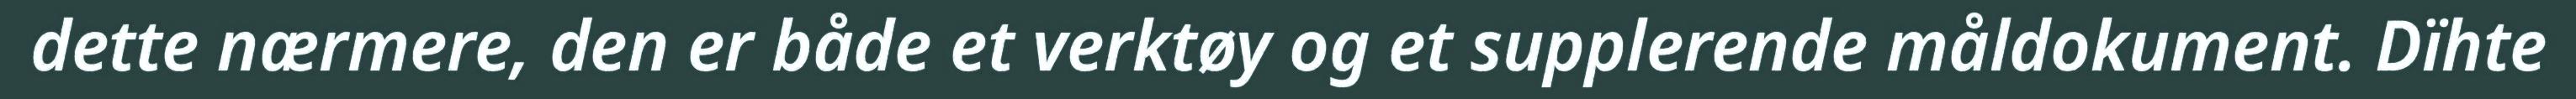
dette nærmere, den er både et verktøy og et supplerende måldokument. Dïhte